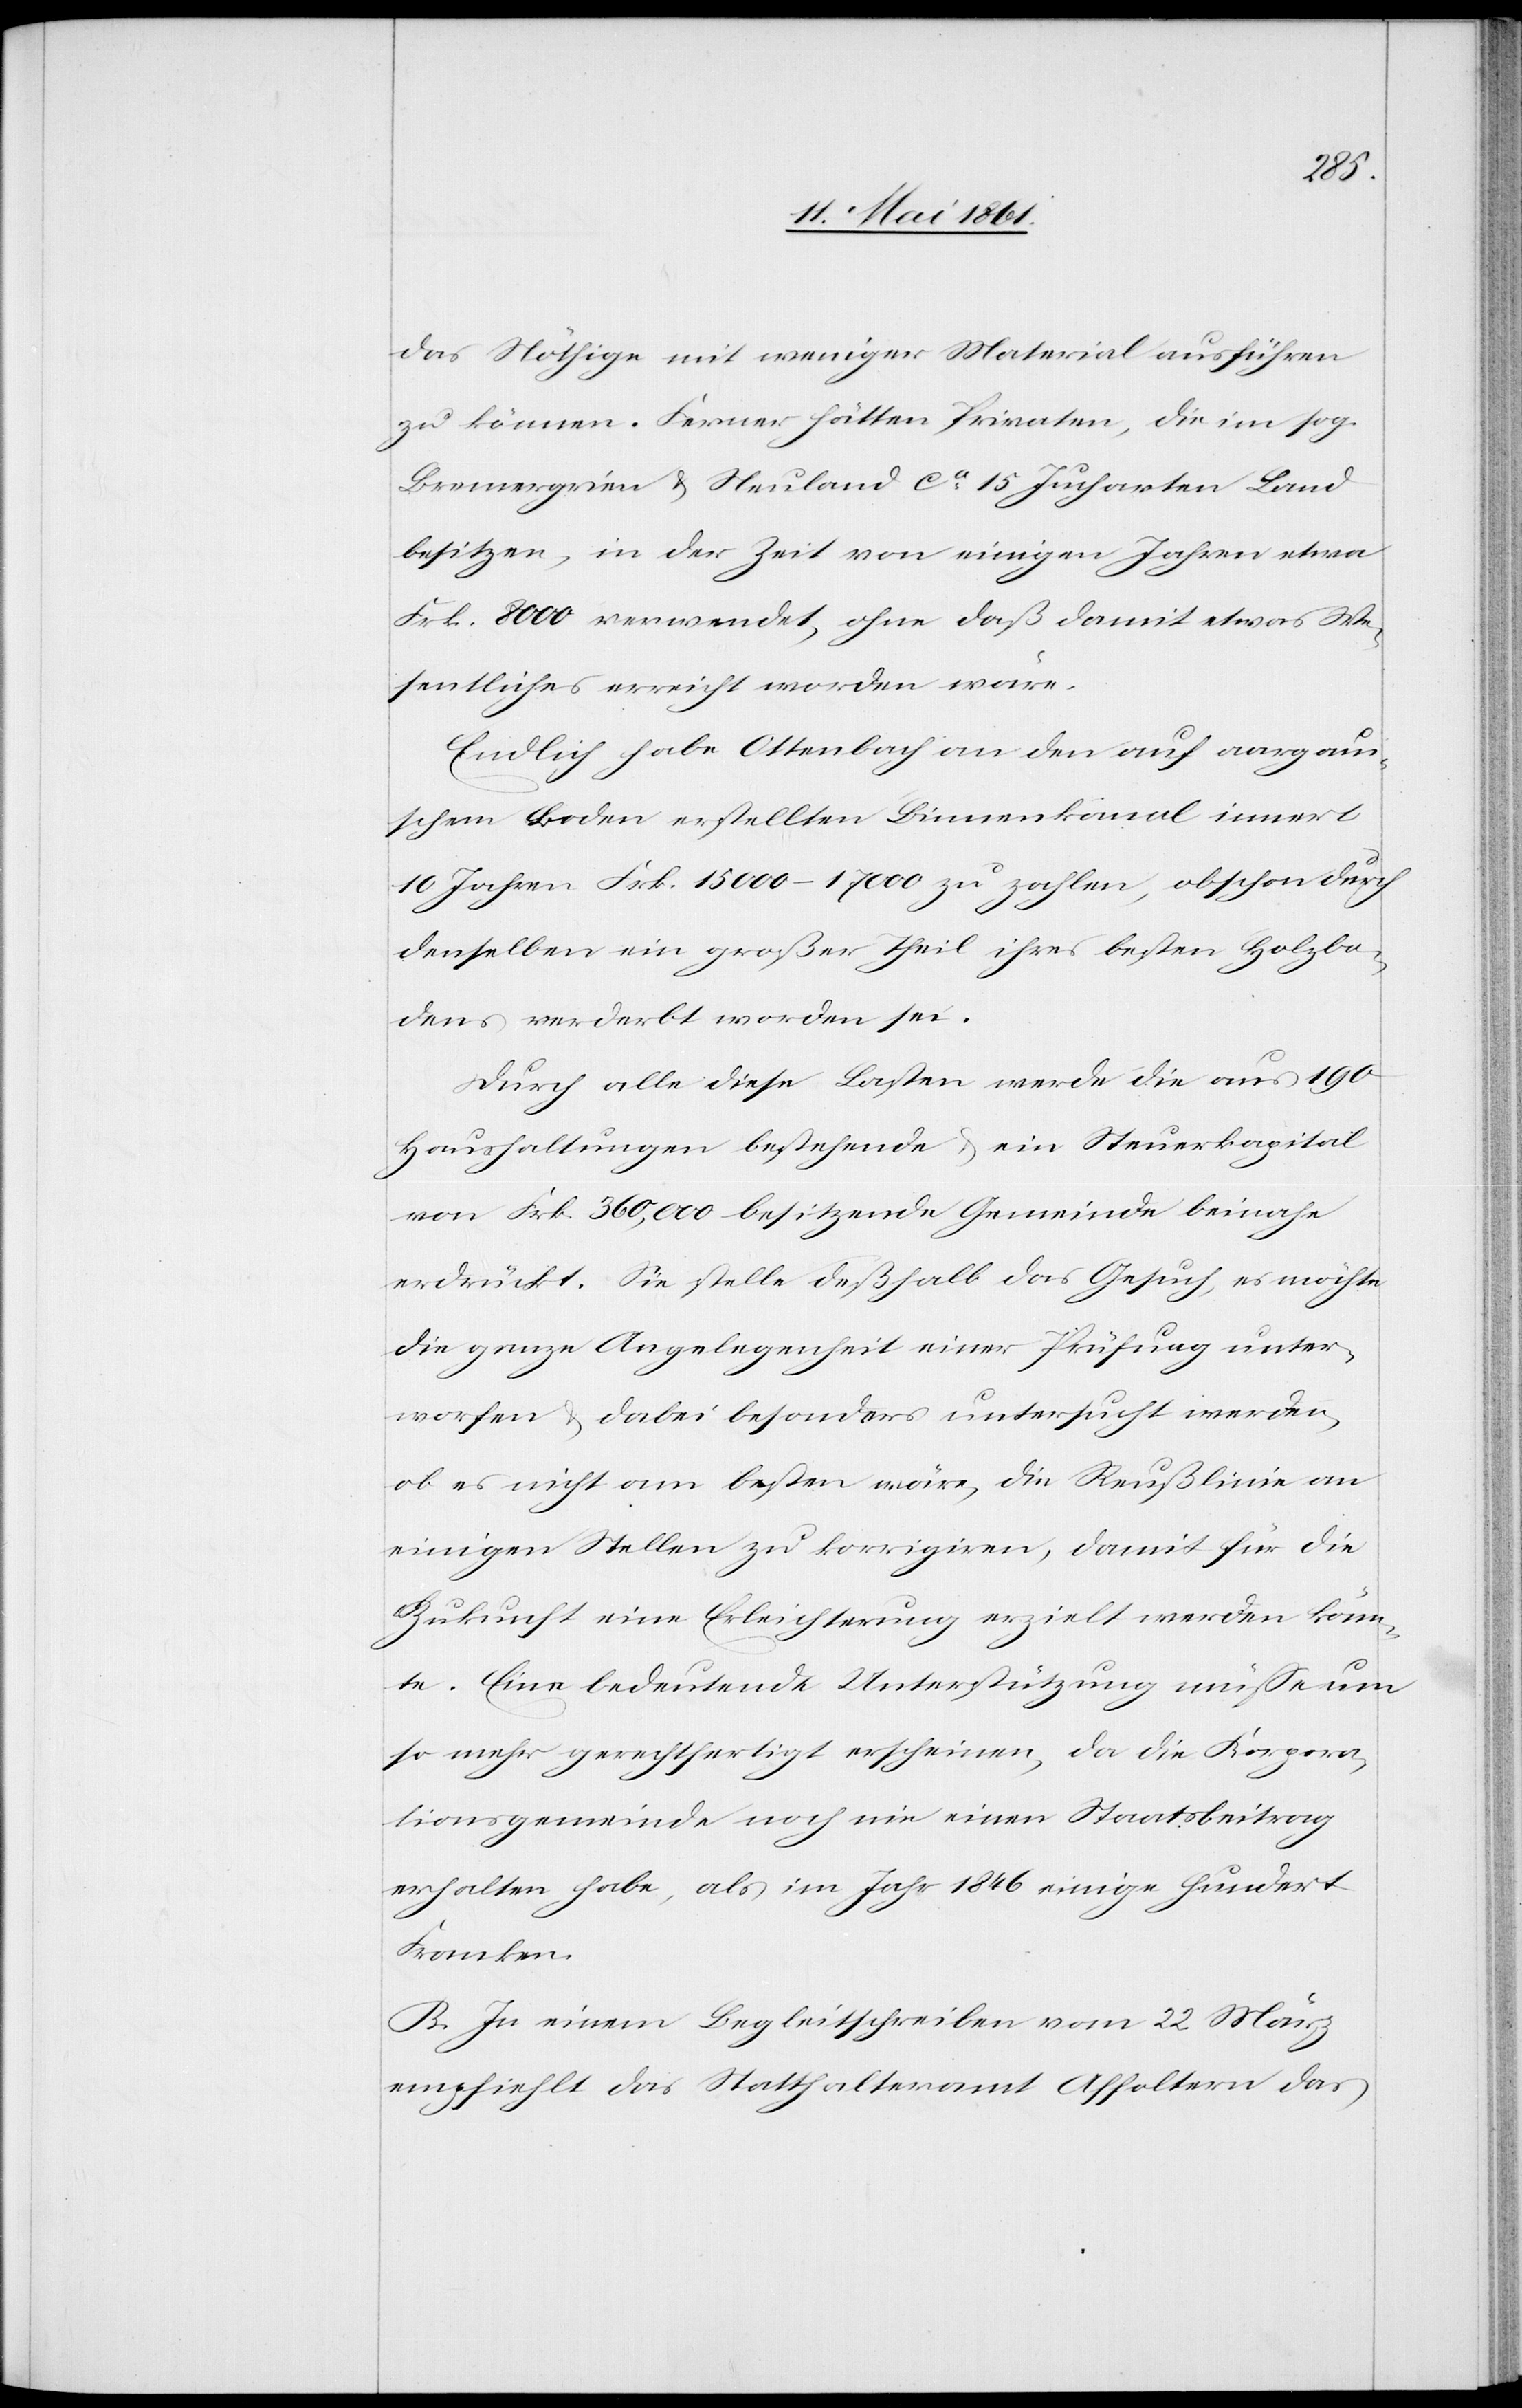
das Nöthige mit weniger Material ausführen
zu können. Ferner hätten Privaten, die im sog.
Bremergrien u. Neuland ca 15 Jucharten Land
besitzen, in der Zeit von einigen Jahren etwa
Frk. 8000 verwendet, ohne daß damit etwas We¬
sentliches erreicht worden wäre.
Endlich habe Ottenbach an den auf aargaui¬
schem Boden erstellten Binnenkanal innert
10 Jahren Frk. 15 000–17 000 zu zahlen, obschon durch
denselben ein großer Theil ihres besten Holzbo¬
dens verderbt worden sei.
Durch alle diese Lasten werde die aus 190
Haushaltungen bestehende u. ein Steuerkapital
von Frk. 360,000 besitzende Gemeinde beinahe
erdrückt. Sie stelle deßhalb das Gesuch, es möchte
die ganze Angelegenheit einer Prüfung unter¬
worfen u. dabei besonders untersucht werden,
ob es nicht am besten wäre, die Reußlinie an
einigen Stellen zu korrigiren, damit für die
Zukunft eine Erleichterung erzielt werden könn¬
te. Eine bedeutende Unterstützung müsse um
so mehr gerechtfertigt erscheinen, da die Korpora¬
tionsgemeinde noch nie einen Staatsbeitrag
erhalten habe, als im Jahr 1846 einige hundert
Franken.
B. In einem Begleitschreiben vom 22. März
empfiehlt das Statthalteramt Affoltern das